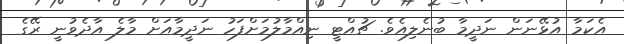
އެކަމާ އުޅޭނަން ނަދީމާ ބުނެލިއެވެ. ޗުއްޓީ ނިއްމާލުމަށްފަހު ނަދީމާއަށް މާލެ އާދެވުނީ ރޭގެ